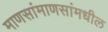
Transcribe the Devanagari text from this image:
माणसांमाणसांमधील